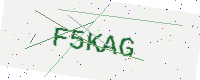
Text: F5KAG